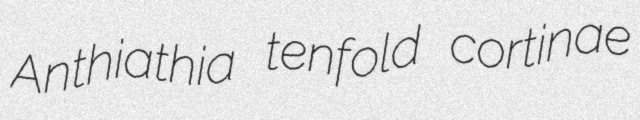
Anthiathia tenfold cortinae